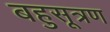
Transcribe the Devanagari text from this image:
बहुसूत्रण